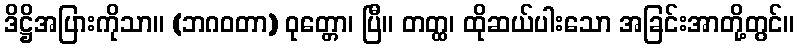
ဒိဋ္ဌိအပြားကိုသာ။ (ဘဂဝတာ) ဝုတ္တော၊ ပြီ။ တတ္ထ၊ ထိုဆယ်ပါးသော အခြင်းအာတို့တွင်။